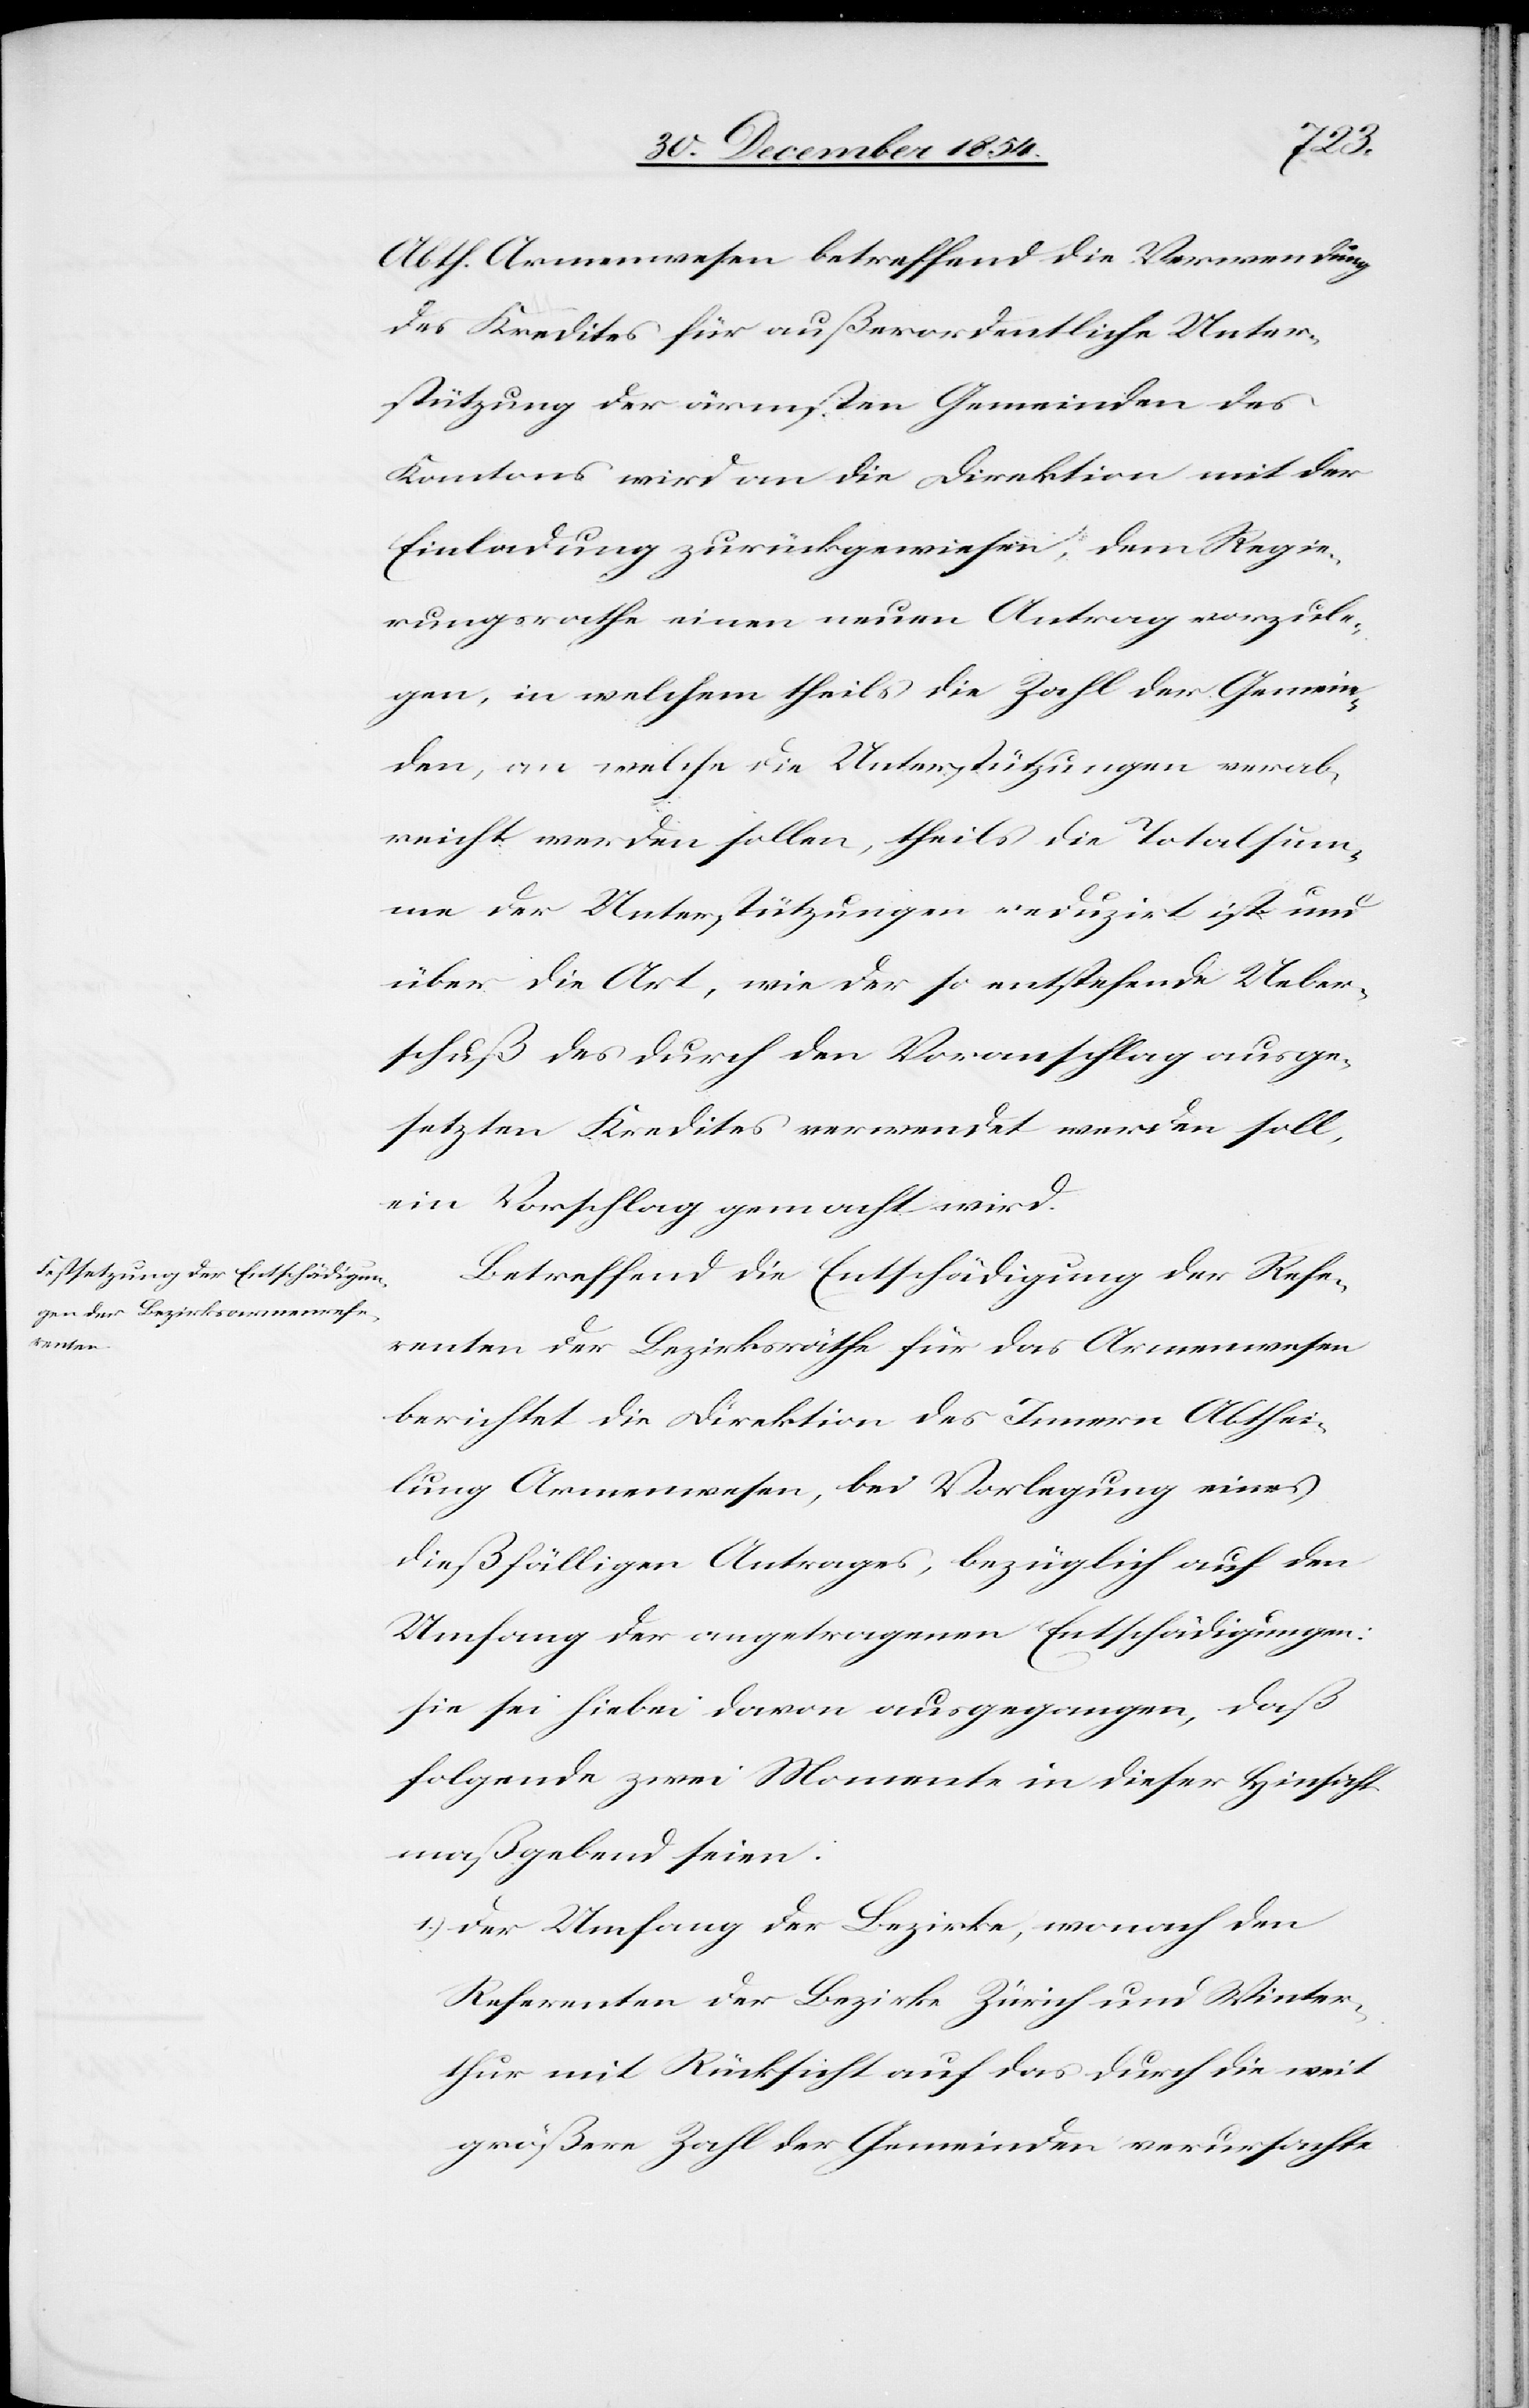
Abth. Armenwesen betreffend die Verwendung
des Kredites für außerordentliche Unter¬
stützung der ärmsten Gemeinden des
Kantons wird an die Direktion mit der
Einladung zurückgewiesen, dem Regie¬
rungsrathe einen neuen Antrag vorzule¬
gen, in welchem theils die Zahl der Gemein¬
den, an welche die Unterstützungen verab¬
reicht werden sollen, theils die Totalsum¬
me der Unterstützungen reduzirt ist und
über die Art, wie der so entstehende Ueber¬
schuß des durch den Voranschlag ausge¬
setzten Kredites verwendet werden soll,
ein Vorschlag gemacht wird.
Betreffend die Entschädigung der Refe¬
renten der Bezirksräthe für das Armenwesen
berichtet die Direktion des Innern Abthei¬
lung Armenwesen, bei Vorlegung eines
dießfälligen Antrages, bezüglich auf den
Umfang der angetragenen Entschädigungen:
sie sei hiebei davon ausgegangen, daß
folgende zwei Moment ein dieser Hinsicht
maßgebend seien:
1.) der Umfang der Bezirke, wonach den
Referenten der Bezirke Zürich und Winter¬
thur mit Rücksicht auf das durch die weit
größere Zahl der Gemeinden verursachte